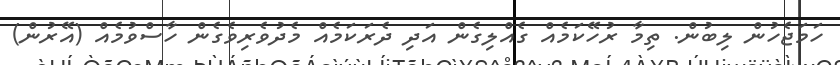
ހަމަޖެހުން ލިބުން. ތިމާ ރުހޭކަމެއް ގެއްލިގެން އަދި ދެރަކަމެއް މެދުވެރިވެގެން ހާސްވުމެއް (އޭރުން)